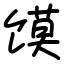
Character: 馍